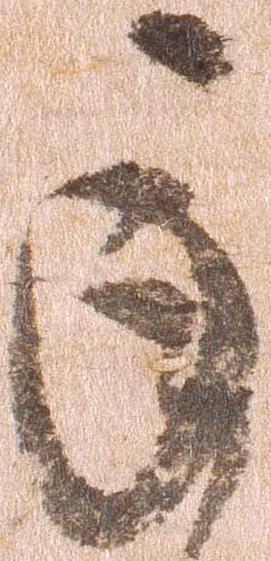
承